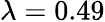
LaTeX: \lambda=0.49